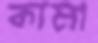
কামা